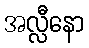
အလ္လီနော